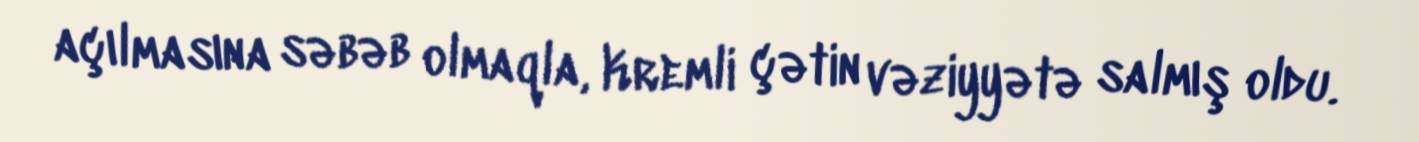
açılmasına səbəb olmaqla, Kremli çətin vəziyyətə salmış oldu.